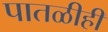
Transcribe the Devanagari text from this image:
पातळीही